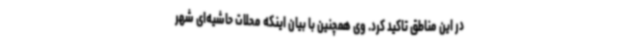
در این مناطق تاکید کرد. وی همچنین با بیان اینکه محلات حاشیه‌ای شهر